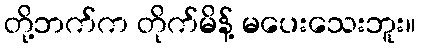
တို့ဘက်က တိုက်မိန့် မပေးသေးဘူး။